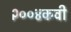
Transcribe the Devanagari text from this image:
२००४कवी